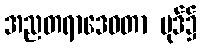
အညတရာဒေဝတာ ပုဒ်၌